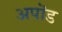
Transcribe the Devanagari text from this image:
अपॊड